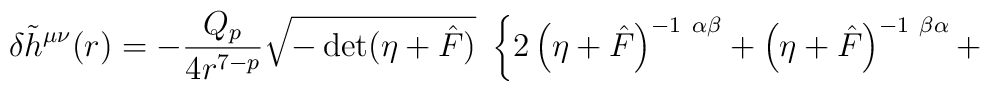
\delta {\tilde{h}}^{\mu\nu}(r)=-\frac{Q_p}{4r^{7-p}}\sqrt{- \det(\eta + {\hat{F}})}~\left\{2\left(\eta+\hat F\right)^{-1~\alpha\beta}+\left(\eta+\hat F\right)^{-1~\beta\alpha}+\right.